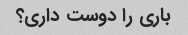
باری را دوست داری؟